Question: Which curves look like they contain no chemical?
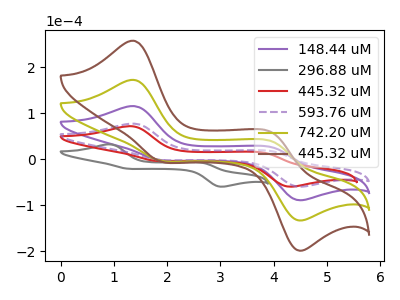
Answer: <think>The purple curve "148.44 uM" has anodic peaks at (1.35V, 115.40uA) (3.95V, 25.85uA) and cathodic peaks at (1.85V, -1.95uA) (4.45V, -88.20uA). The gray curve "296.88 uM" has anodic peaks at (0.90V, 32.35uA) (2.65V, -7.95uA) and cathodic peaks at (1.25V, -20.50uA) (3.00V, -59.30uA). The red curve "445.32 uM" has anodic peaks at (1.30V, 71.80uA) (3.80V, 14.25uA) and cathodic peaks at (1.80V, -3.65uA) (4.25V, -59.10uA). The purple dashed curve "593.76 uM" has anodic peaks at (1.35V, 77.30uA) (3.95V, 17.35uA) and cathodic peaks at (1.85V, -1.30uA) (4.45V, -59.05uA). The olive curve "742.20 uM" has anodic peaks at (1.35V, 230.85uA) (3.95V, 51.75uA) and cathodic peaks at (1.85V, -3.95uA) (4.45V, -176.40uA). The brown curve "445.32 uM" has anodic peaks at (1.35V, 346.25uA) (3.95V, 77.60uA) and cathodic peaks at (1.85V, -5.90uA) (4.45V, -264.60uA).</think>
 <answer>There are not any CV's on this graph that are likely to be blanks.</answer>
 <eval>none</eval>